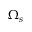
\Omega _ { s }